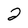
Character: 2